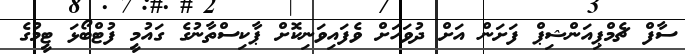
ސާފް ޗެމްޕިއަންޝިޕް ފަށަން އަށް ދުވަހަށް ވެފައިވަނިކޮށް ޕާކިސްތާނުގެ ގައުމީ ފުޓްބޯޅަ ޓީމުގެ